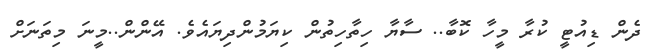
ދެން ޑިއުޓީ ކުރާ މީހާ ކޮބާ.. ސާޔާ ހިތާހިތުން ކިޔަމުންދިޔައެވެ. އޭންން..މީނަ މިތަނަށް